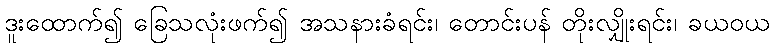
ဒူးထောက်၍ ခြေသလုံးဖက်၍ အသနားခံရင်း၊ တောင်းပန် တိုးလျှိုးရင်း၊ ခယဝယ